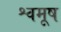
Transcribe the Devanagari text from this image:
श्वमूष